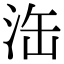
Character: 𣳬